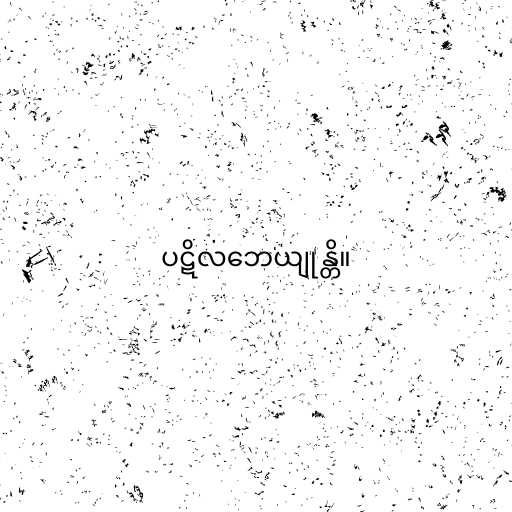
ပဋိလဘေယျုန္တိ။